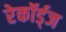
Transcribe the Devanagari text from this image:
रेकॉर्ड्‌ज